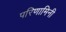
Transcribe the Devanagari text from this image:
परिणामिनी